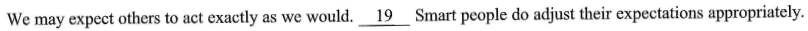
We may expect others to act exactly as we would. \underline{19} Smart people do adjust their expectations appropriately.